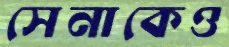
সেনাকেও